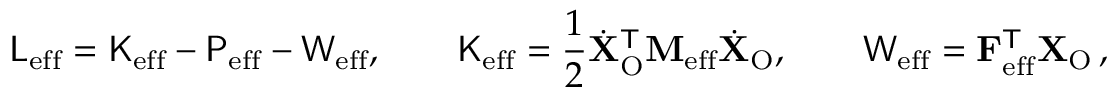
\mathsf { L } _ { \mathrm { e f f } } = \mathsf { K } _ { \mathrm { e f f } } - \mathsf { P } _ { \mathrm { e f f } } - \mathsf { W } _ { \mathrm { e f f } } , \qquad \mathsf { K } _ { \mathrm { e f f } } = \frac { 1 } { 2 } \dot { \mathbf { X } } _ { \mathrm { O } } ^ { \mathsf { T } } \mathbf { M } _ { \mathrm { e f f } } \dot { \mathbf { X } } _ { \mathrm { O } } , \qquad \mathsf { W } _ { \mathrm { e f f } } = \mathbf { F } _ { \mathrm { e f f } } ^ { \mathsf { T } } \mathbf { X } _ { \mathrm { O } } \, ,